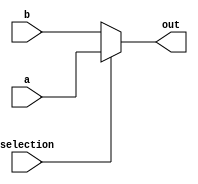
`timescale 1ns / 1ps
//////////////////////////////////////////////////////////////////////////////////
// Company: 
// Engineer: 
// 
// Design Name: 
// Module Name: mux
// Project Name: 
// Target Devices: 
// Tool Versions: 
// Description: 
// 
// Dependencies: 
// 
// Revision:
// Revision 0.01 - File Created
// Additional Comments:
// 
//////////////////////////////////////////////////////////////////////////////////

// do I really need a mux?

module mux(
    input a,
    input b,
    input selection,
    output out
    );
    
    assign out = (selection)?a:b ;
    
endmodule